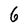
Character: 6